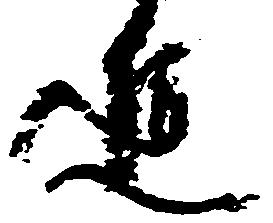
進